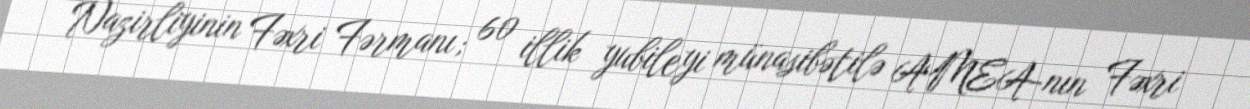
Nazirliyinin Fəxri Fərmanı; 60 illik yubileyi münasibətilə AMEA-nın Fəxri